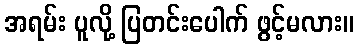
အရမ်း ပူလို့ ပြတင်းပေါက် ဖွင့်မလား။